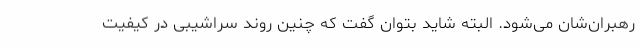
رهبران‌شان می‌شود. البته شاید بتوان گفت که چنین روند سراشیبی در کیفیت